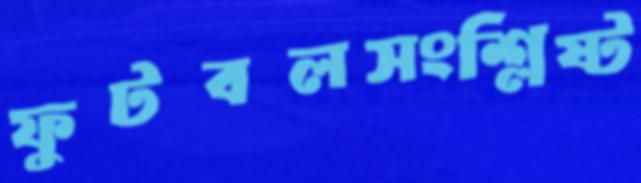
ফুটবলসংশ্লিষ্ট